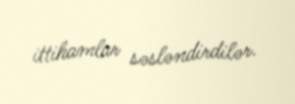
ittihamlar səsləndirdilər.